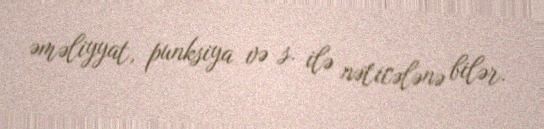
əməliyyat, punksiya və s. ilə nəticələnə bilər.